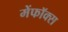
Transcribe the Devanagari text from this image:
मेंफॉक्स